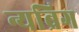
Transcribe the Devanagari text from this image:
न्यब्रिग